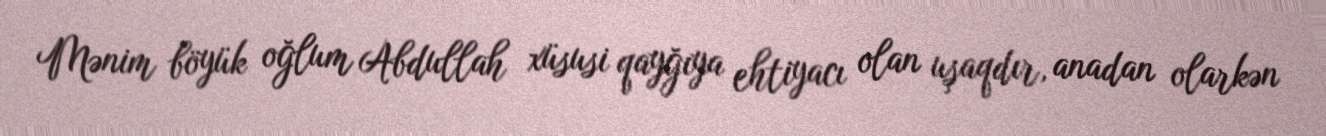
Mənim böyük oğlum Abdullah xüsusi qayğıya ehtiyacı olan uşaqdır, anadan olarkən